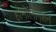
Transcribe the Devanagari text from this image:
होमोलोगेशन